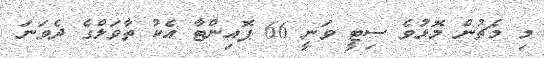
މި މެޗުން މޮޅުވެ ސިޓީ ވަނީ 66 ޕޮއިންޓާ އެކު ތާވަލްގެ ދެވަނަ